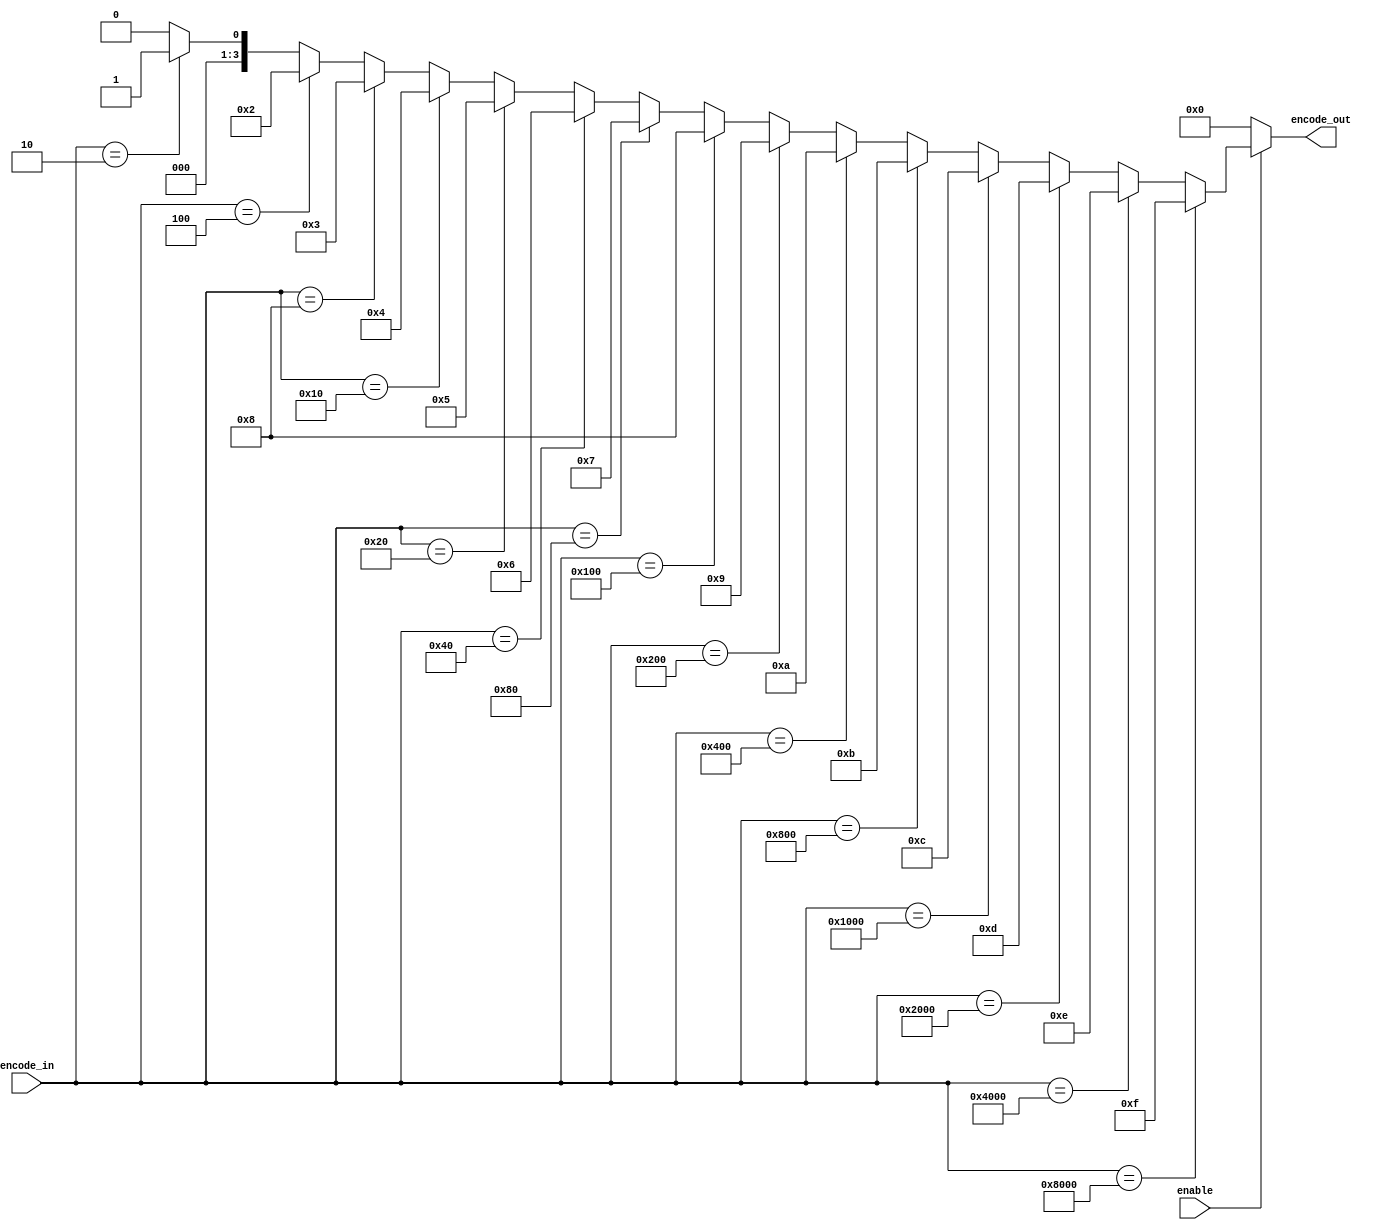
module encoder(
    input [15:0] encode_in, 
    input enable,
    output [3:0] encode_out
);
    reg [3:0] encode_out;

    always @(enable or encode_in)begin
        encode_out = 0;
        if (enable) begin
            if (encode_in == 16'h0002)begin
                encode_out = 1;
            end
            if (encode_in == 16'h0004)begin
                encode_out = 2;
            end
            if (encode_in == 16'h0008)begin
                encode_out = 3;
            end
            if (encode_in == 16'h0010)begin
                encode_out = 4;
            end
            if (encode_in == 16'h0020)begin
                encode_out = 5;
            end
            if (encode_in == 16'h0040)begin
                encode_out = 6;
            end
            if (encode_in == 16'h0080)begin
                encode_out = 7;
            end
            if (encode_in == 16'h0100)begin
                encode_out = 8;
            end
            if (encode_in == 16'h0200)begin
                encode_out = 9;
            end
            if (encode_in == 16'h0400)begin
                encode_out = 10;
            end
            if (encode_in == 16'h0800)begin
                encode_out = 11;
            end
            if (encode_in == 16'h1000)begin
                encode_out = 12;
            end
            if (encode_in == 16'h2000)begin
                encode_out = 13;
            end
            if (encode_in == 16'h4000)begin
                encode_out = 14;
            end
            if (encode_in == 16'h8000)begin
                encode_out = 15;
            end
        end
    end
endmodule